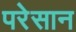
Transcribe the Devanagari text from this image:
परेसान